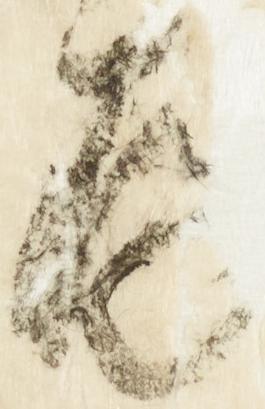
存